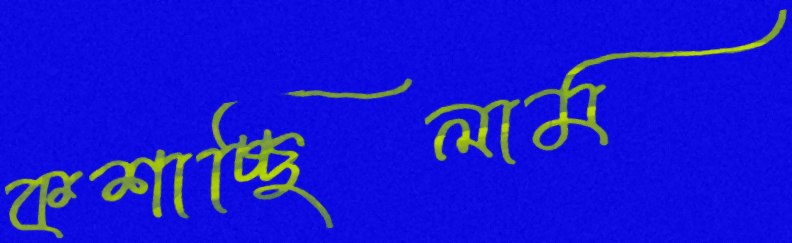
কশাচ্ছিলাম